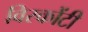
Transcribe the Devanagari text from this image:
विस्कोंटी